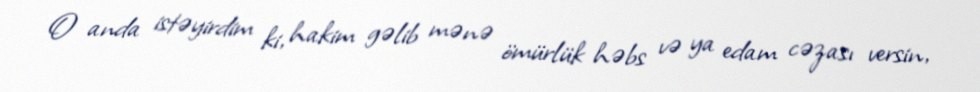
O anda istəyirdim ki, hakim gəlib mənə ömürlük həbs və ya edam cəzası versin,